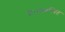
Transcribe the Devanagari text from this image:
है।व्यवस्थित